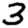
Digit: 3